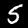
Digit: 5